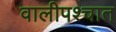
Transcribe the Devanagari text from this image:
वालीपश्चात